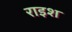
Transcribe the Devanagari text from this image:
राइश